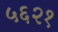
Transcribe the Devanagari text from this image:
५६२१